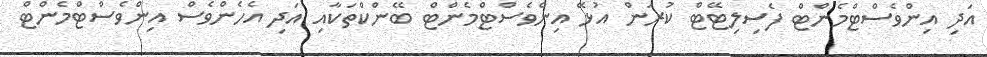
އަދި އިންވެސްޓްމެންޓް ފެސިލިޓޭޓް ކުރަން އުޅޭ އިންވެސްޓްމެންޓް ބޭންކްތަކާއި އަދި އެހެންވެސް އިންވެސްޓްމެންޓް